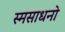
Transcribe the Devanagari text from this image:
स्मसाधनो